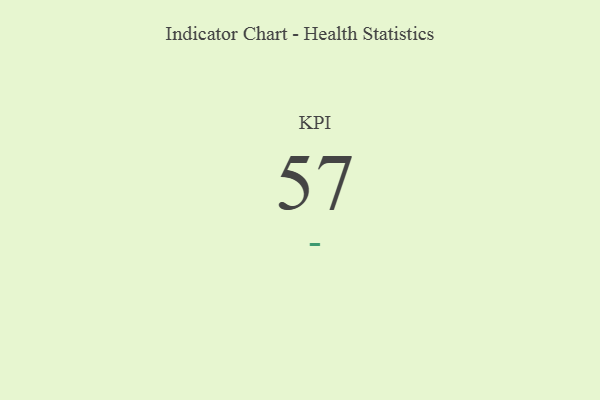
{"axis": {"x": "KPI", "y": "Value"}, "legend": [""], "data": [{"x": "KPI", "y": 57, "type": ""}]}